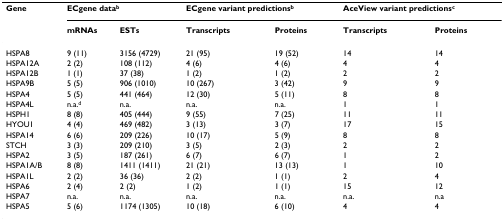
<table><thead><tr><td><b>Gene</b></td><td colspan="2"><b>ECgene data<sup>b</sup></b></td><td colspan="2"><b>ECgene variant predictions<sup>b</sup></b></td><td colspan="2"><b>AceView variant predictions<sup>c</sup></b></td></tr><tr><td></td><td><b>mRNAs</b></td><td><b>ESTs</b></td><td><b>Transcripts</b></td><td><b>Proteins</b></td><td><b>Transcripts</b></td><td><b>Proteins</b></td></tr></thead><tbody><tr><td>HSPA8</td><td>9 (11)</td><td>3156 (4729)</td><td>21 (95)</td><td>19 (52)</td><td>14</td><td>14</td></tr><tr><td>HSPA12A</td><td>2 (2)</td><td>108 (112)</td><td>4 (6)</td><td>4 (6)</td><td>4</td><td>4</td></tr><tr><td>HSPA12B</td><td>1 (1)</td><td>37 (38)</td><td>1 (2)</td><td>1 (2)</td><td>2</td><td>2</td></tr><tr><td>HSPA9B</td><td>5 (5)</td><td>906 (1010)</td><td>10 (267)</td><td>3 (42)</td><td>9</td><td>9</td></tr><tr><td>HSPA4</td><td>5 (5)</td><td>441 (464)</td><td>12 (30)</td><td>5 (11)</td><td>8</td><td>8</td></tr><tr><td>HSPA4L</td><td>n.a.<sup>d</sup></td><td>n.a.</td><td>n.a.</td><td>n.a.</td><td>1</td><td>1</td></tr><tr><td>HSPH1</td><td>8 (8)</td><td>405 (444)</td><td>9 (55)</td><td>7 (25)</td><td>11</td><td>11</td></tr><tr><td>HYOU1</td><td>4 (4)</td><td>469 (482)</td><td>3 (13)</td><td>3 (7)</td><td>17</td><td>15</td></tr><tr><td>HSPA14</td><td>6 (6)</td><td>209 (226)</td><td>10 (17)</td><td>5 (9)</td><td>8</td><td>8</td></tr><tr><td>STCH</td><td>3 (3)</td><td>209 (210)</td><td>3 (5)</td><td>2 (3)</td><td>2</td><td>2</td></tr><tr><td>HSPA2</td><td>3 (5)</td><td>187 (261)</td><td>6 (7)</td><td>6 (7)</td><td>1</td><td>2</td></tr><tr><td>HSPA1A/B</td><td>8 (8)</td><td>1411 (1411)</td><td>21 (21)</td><td>13 (13)</td><td>1</td><td>10</td></tr><tr><td>HSPA1L</td><td>2 (2)</td><td>36 (36)</td><td>2 (2)</td><td>1 (1)</td><td>2</td><td>4</td></tr><tr><td>HSPA6</td><td>2 (4)</td><td>2 (2)</td><td>1 (2)</td><td>1 (1)</td><td>15</td><td>12</td></tr><tr><td>HSPA7</td><td>n.a.</td><td>n.a.</td><td>n.a.</td><td>n.a.</td><td>n.a.</td><td>n.a</td></tr><tr><td>HSPA5</td><td>5 (6)</td><td>1174 (1305)</td><td>10 (18)</td><td>6 (10)</td><td>4</td><td>4</td></tr></tbody></table>